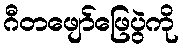
ဂီတဖျော်ဖြေပွဲကို